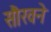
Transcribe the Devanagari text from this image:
सौरवने